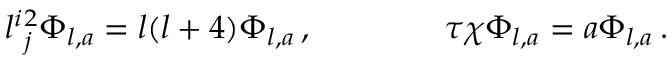
l ^ { i } { } _ { j } ^ { 2 } \Phi _ { l , a } = l ( l + 4 ) \Phi _ { l , a } \, , \qquad \qquad \tau \chi \Phi _ { l , a } = a \Phi _ { l , a } \, .